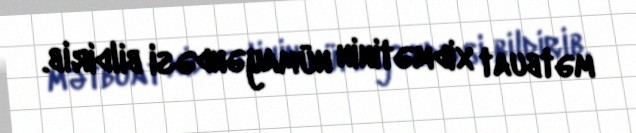
mətbuat xidmətinin nümayəndəsi bildirib.